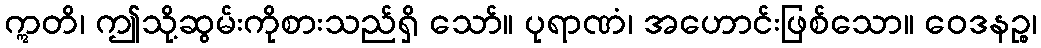
ဣတိ၊ ဤသို့ဆွမ်းကိုစားသည်ရှိ သော်။ ပုရာဏံ၊ အဟောင်းဖြစ်သော။ ဝေဒနဉ္စ၊